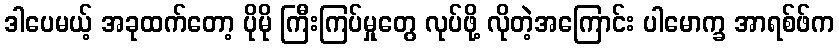
ဒါပေမယ့် အခုထက်တော့ ပိုမို ကြီးကြပ်မှုတွေ လုပ်ဖို့ လိုတဲ့အကြောင်း ပါမောက္ခ အာရစ်ဖ်က